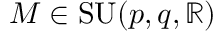
M \in \operatorname { S U } ( p , q , \mathbb { R } )